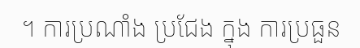
។ ការប្រណាំង ប្រជែង ក្នុង ការប្រធួន